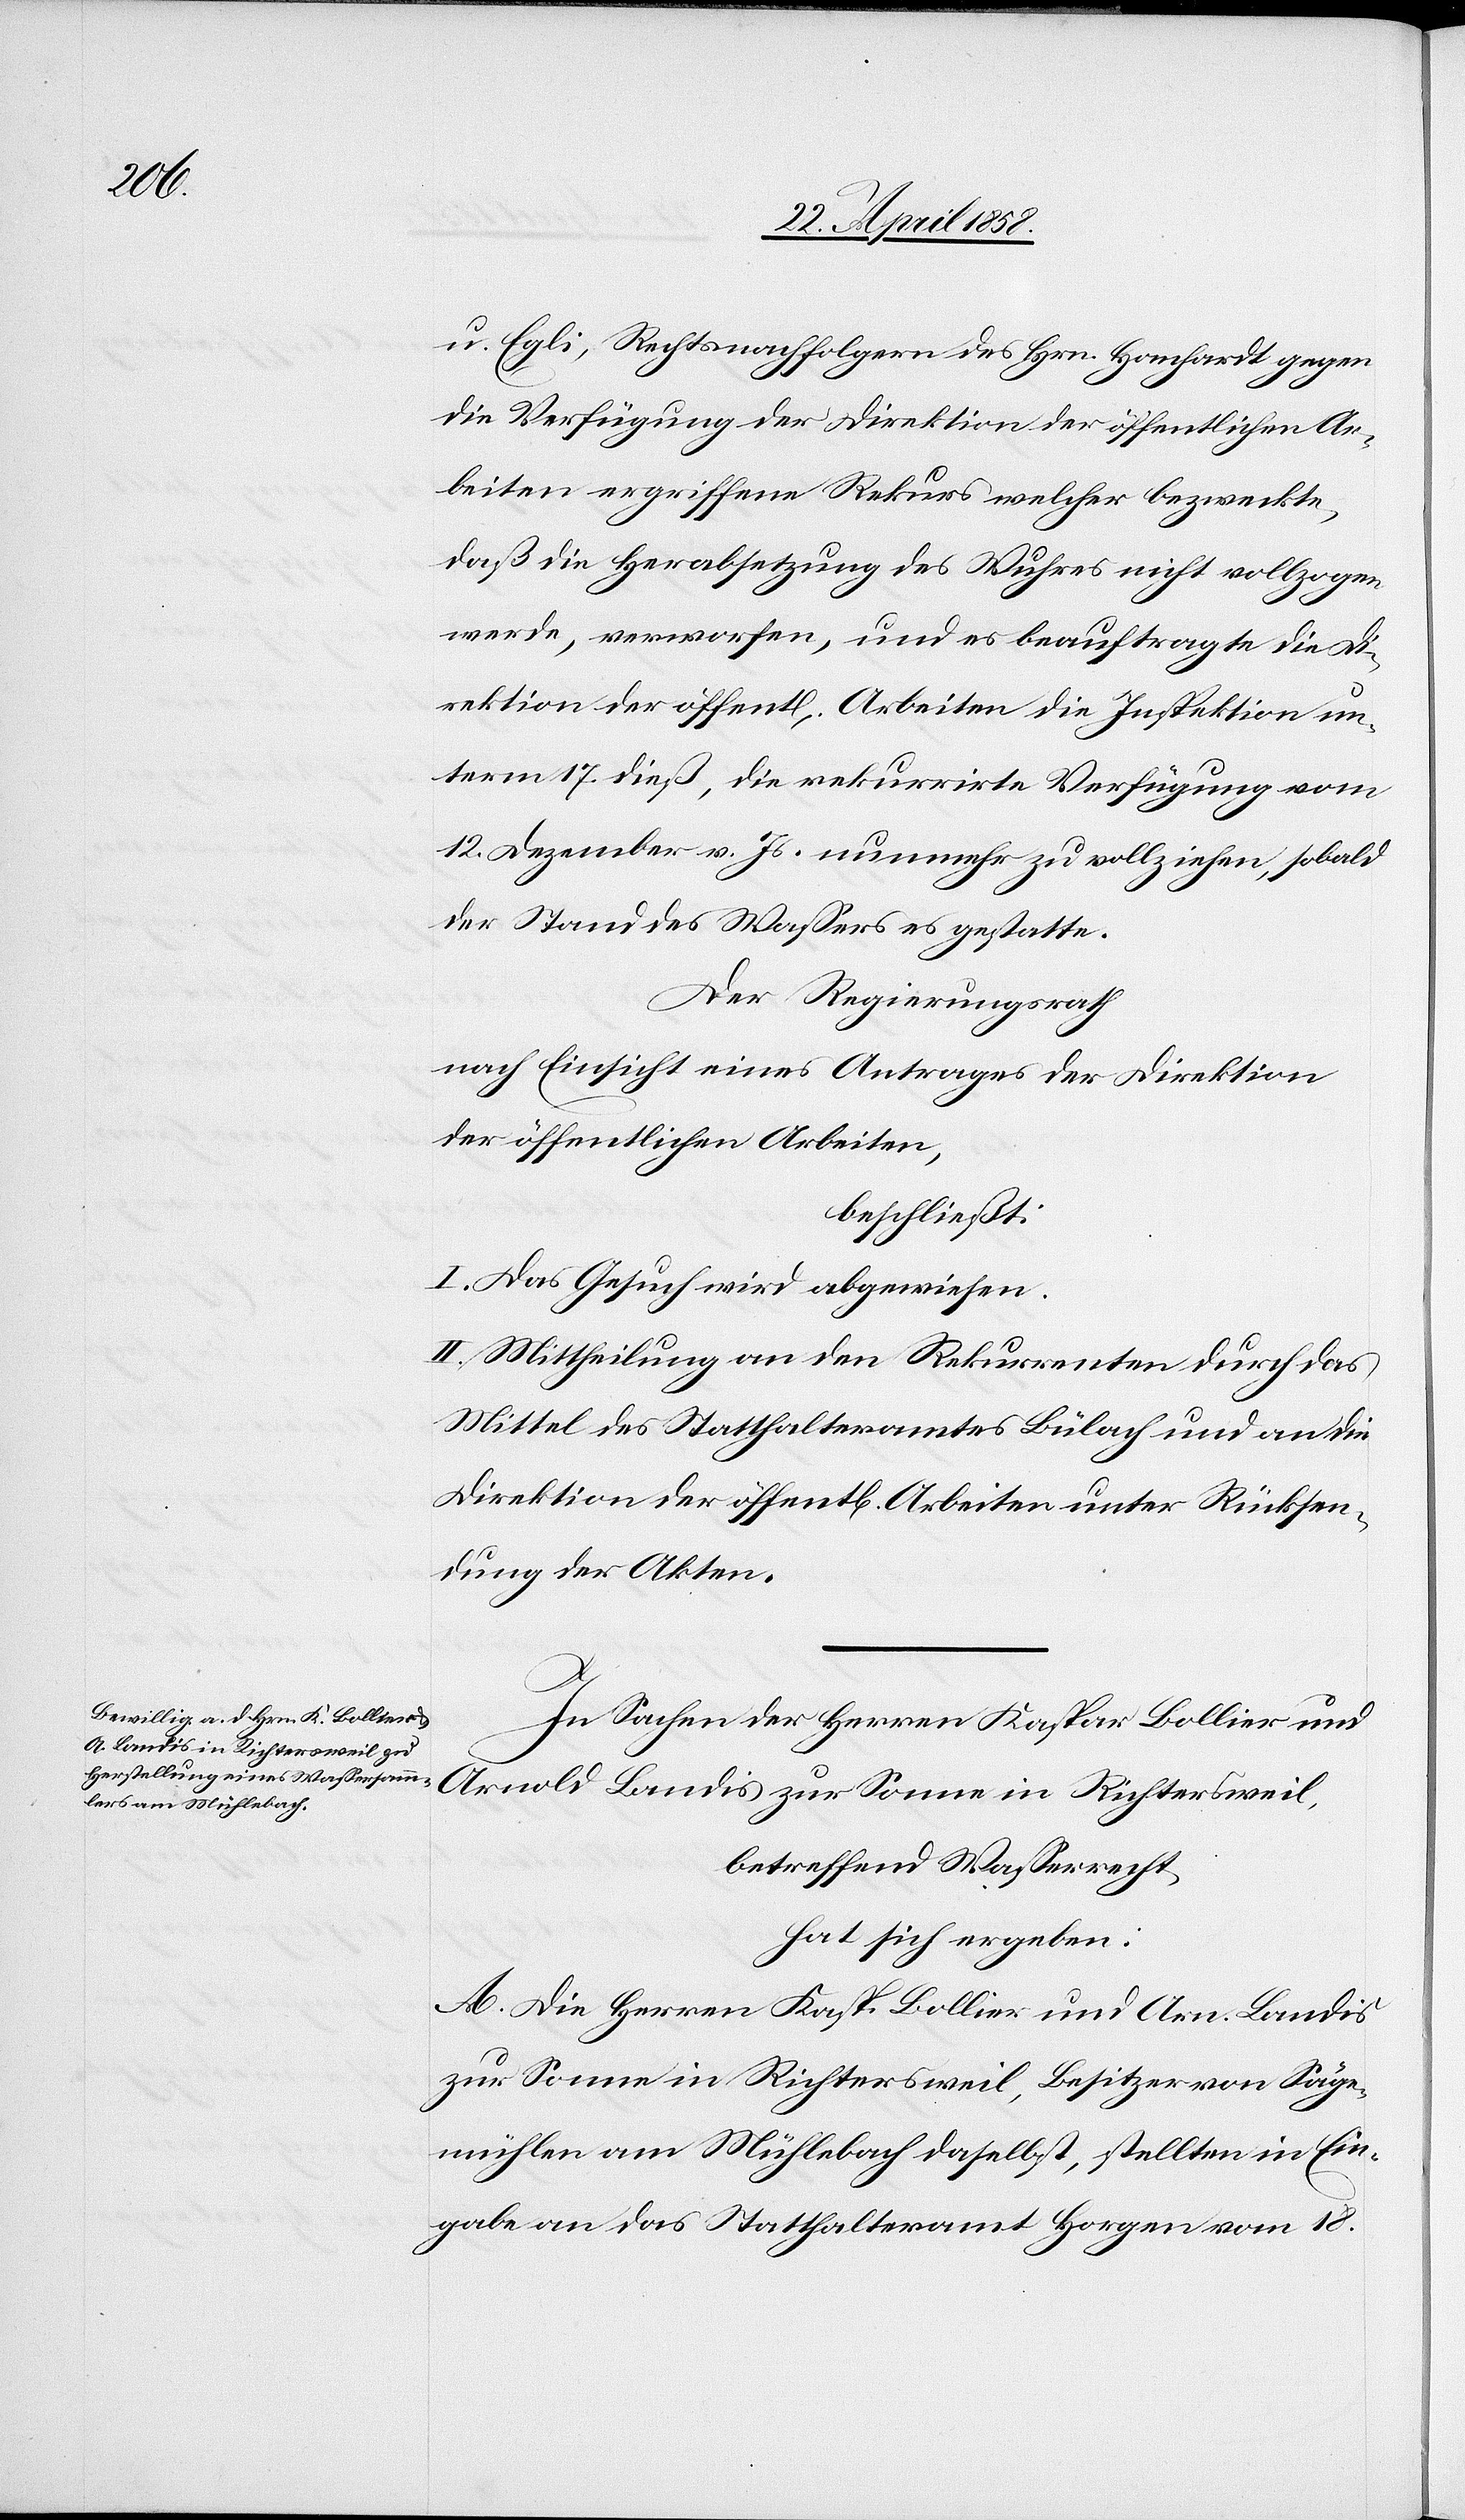
u. Egli, Rechtsnachfolger des Hrn. Hanhardt gegen
die Verfügung der Direktion der öffentlichen Ar¬
beiten ergriffene Rekurs welcher bezweckte,
daß die Herabsetzung des Wuhres nicht vollzogen
werde, verworfen, und es beauftragte die Di¬
rektion der öffent[lichen] Arbeiten die Inspektion un¬
term 17. dieß, die rekurrirte Verfügung vom
12. Dezember v. Js. nunmehr zu vollziehen, sobald
der Stand des Wassers es gestatte.
Der Regierungsrath
nach Einsicht eines Antrages der Direktion
der öffentlichen Arbeiten,
beschließt:
I. Das Gesuch wird abgewiesen.
II. Mittheilung an den Rekurrenten durch das
Mittel des Statthalteramtes Bülach und an die
Direktion der öffent[lichen] Arbeiten unter Rücksen¬
dung der Akten.
In Sachen der Herren Kaspar Bollier und
Arnold Landis zur Sonne in Richtersweil,
betreffend Wasserrecht,
hat sich ergeben:
A. Die Herren Kasp. Bollier und Arn. Landis
zur Sonne in Richtersweil, Besitzer von Säge¬
mühlen am Mühlebach daselbst, stellten in Ein¬
gabe an das Statthalteramt Horgen vom 18.